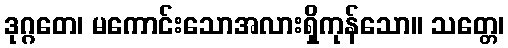
ဒုဂ္ဂတေ၊ မကောင်းသောအလားရှိကုန်သော။ သတ္တေ၊